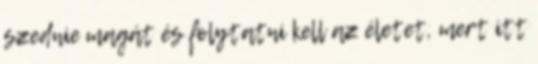
szednie magát és folytatni kell az életet, mert itt